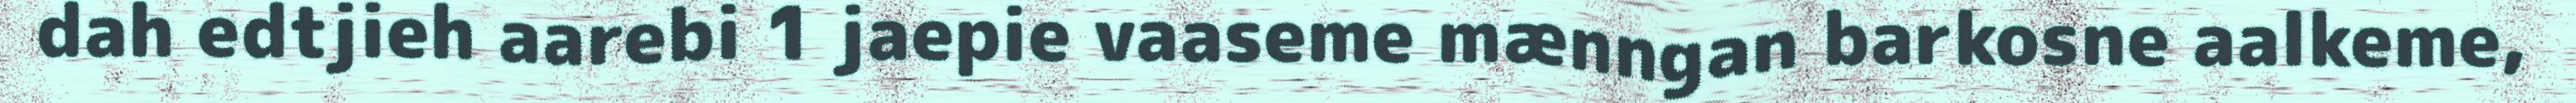
dah edtjieh aarebi 1 jaepie vaaseme mænngan barkosne aalkeme,